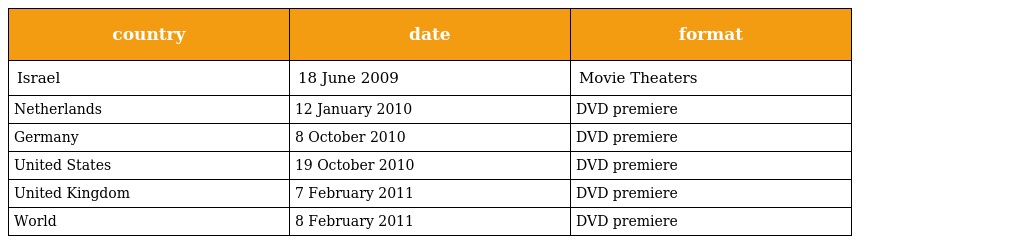
| country | date | format |
 | --- | --- | --- |
 | Israel | 18 June 2009 | Movie Theaters |
 | Netherlands | 12 January 2010 | DVD premiere |
 | Germany | 8 October 2010 | DVD premiere |
 | United States | 19 October 2010 | DVD premiere |
 | United Kingdom | 7 February 2011 | DVD premiere |
 | World | 8 February 2011 | DVD premiere |